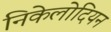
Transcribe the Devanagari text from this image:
निकेलोदियन